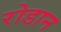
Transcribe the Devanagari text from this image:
रोडान